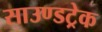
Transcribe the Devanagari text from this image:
साउण्डट्रेक